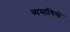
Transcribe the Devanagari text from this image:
व्यसायियों